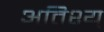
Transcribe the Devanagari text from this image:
अतिश्य्